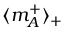
\langle m _ { A } ^ { + } \rangle _ { + }